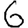
Digit: 6